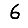
Digit: 6